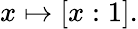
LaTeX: x\mapsto[x:1].